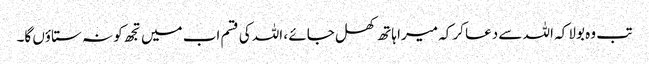
تب وہ بولا کہ اللہ سے دعا کر کہ میرا ہاتھ کھل جائے ، اللہ کی قسم اب میں تجھ کو نہ ستاؤں گا۔